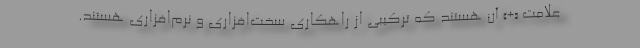
علامت «+» آن هستند که ترکیبی از راهکاری سخت‌افزاری و نرم‌افزاری هستند.